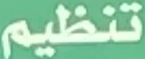
تنظيم